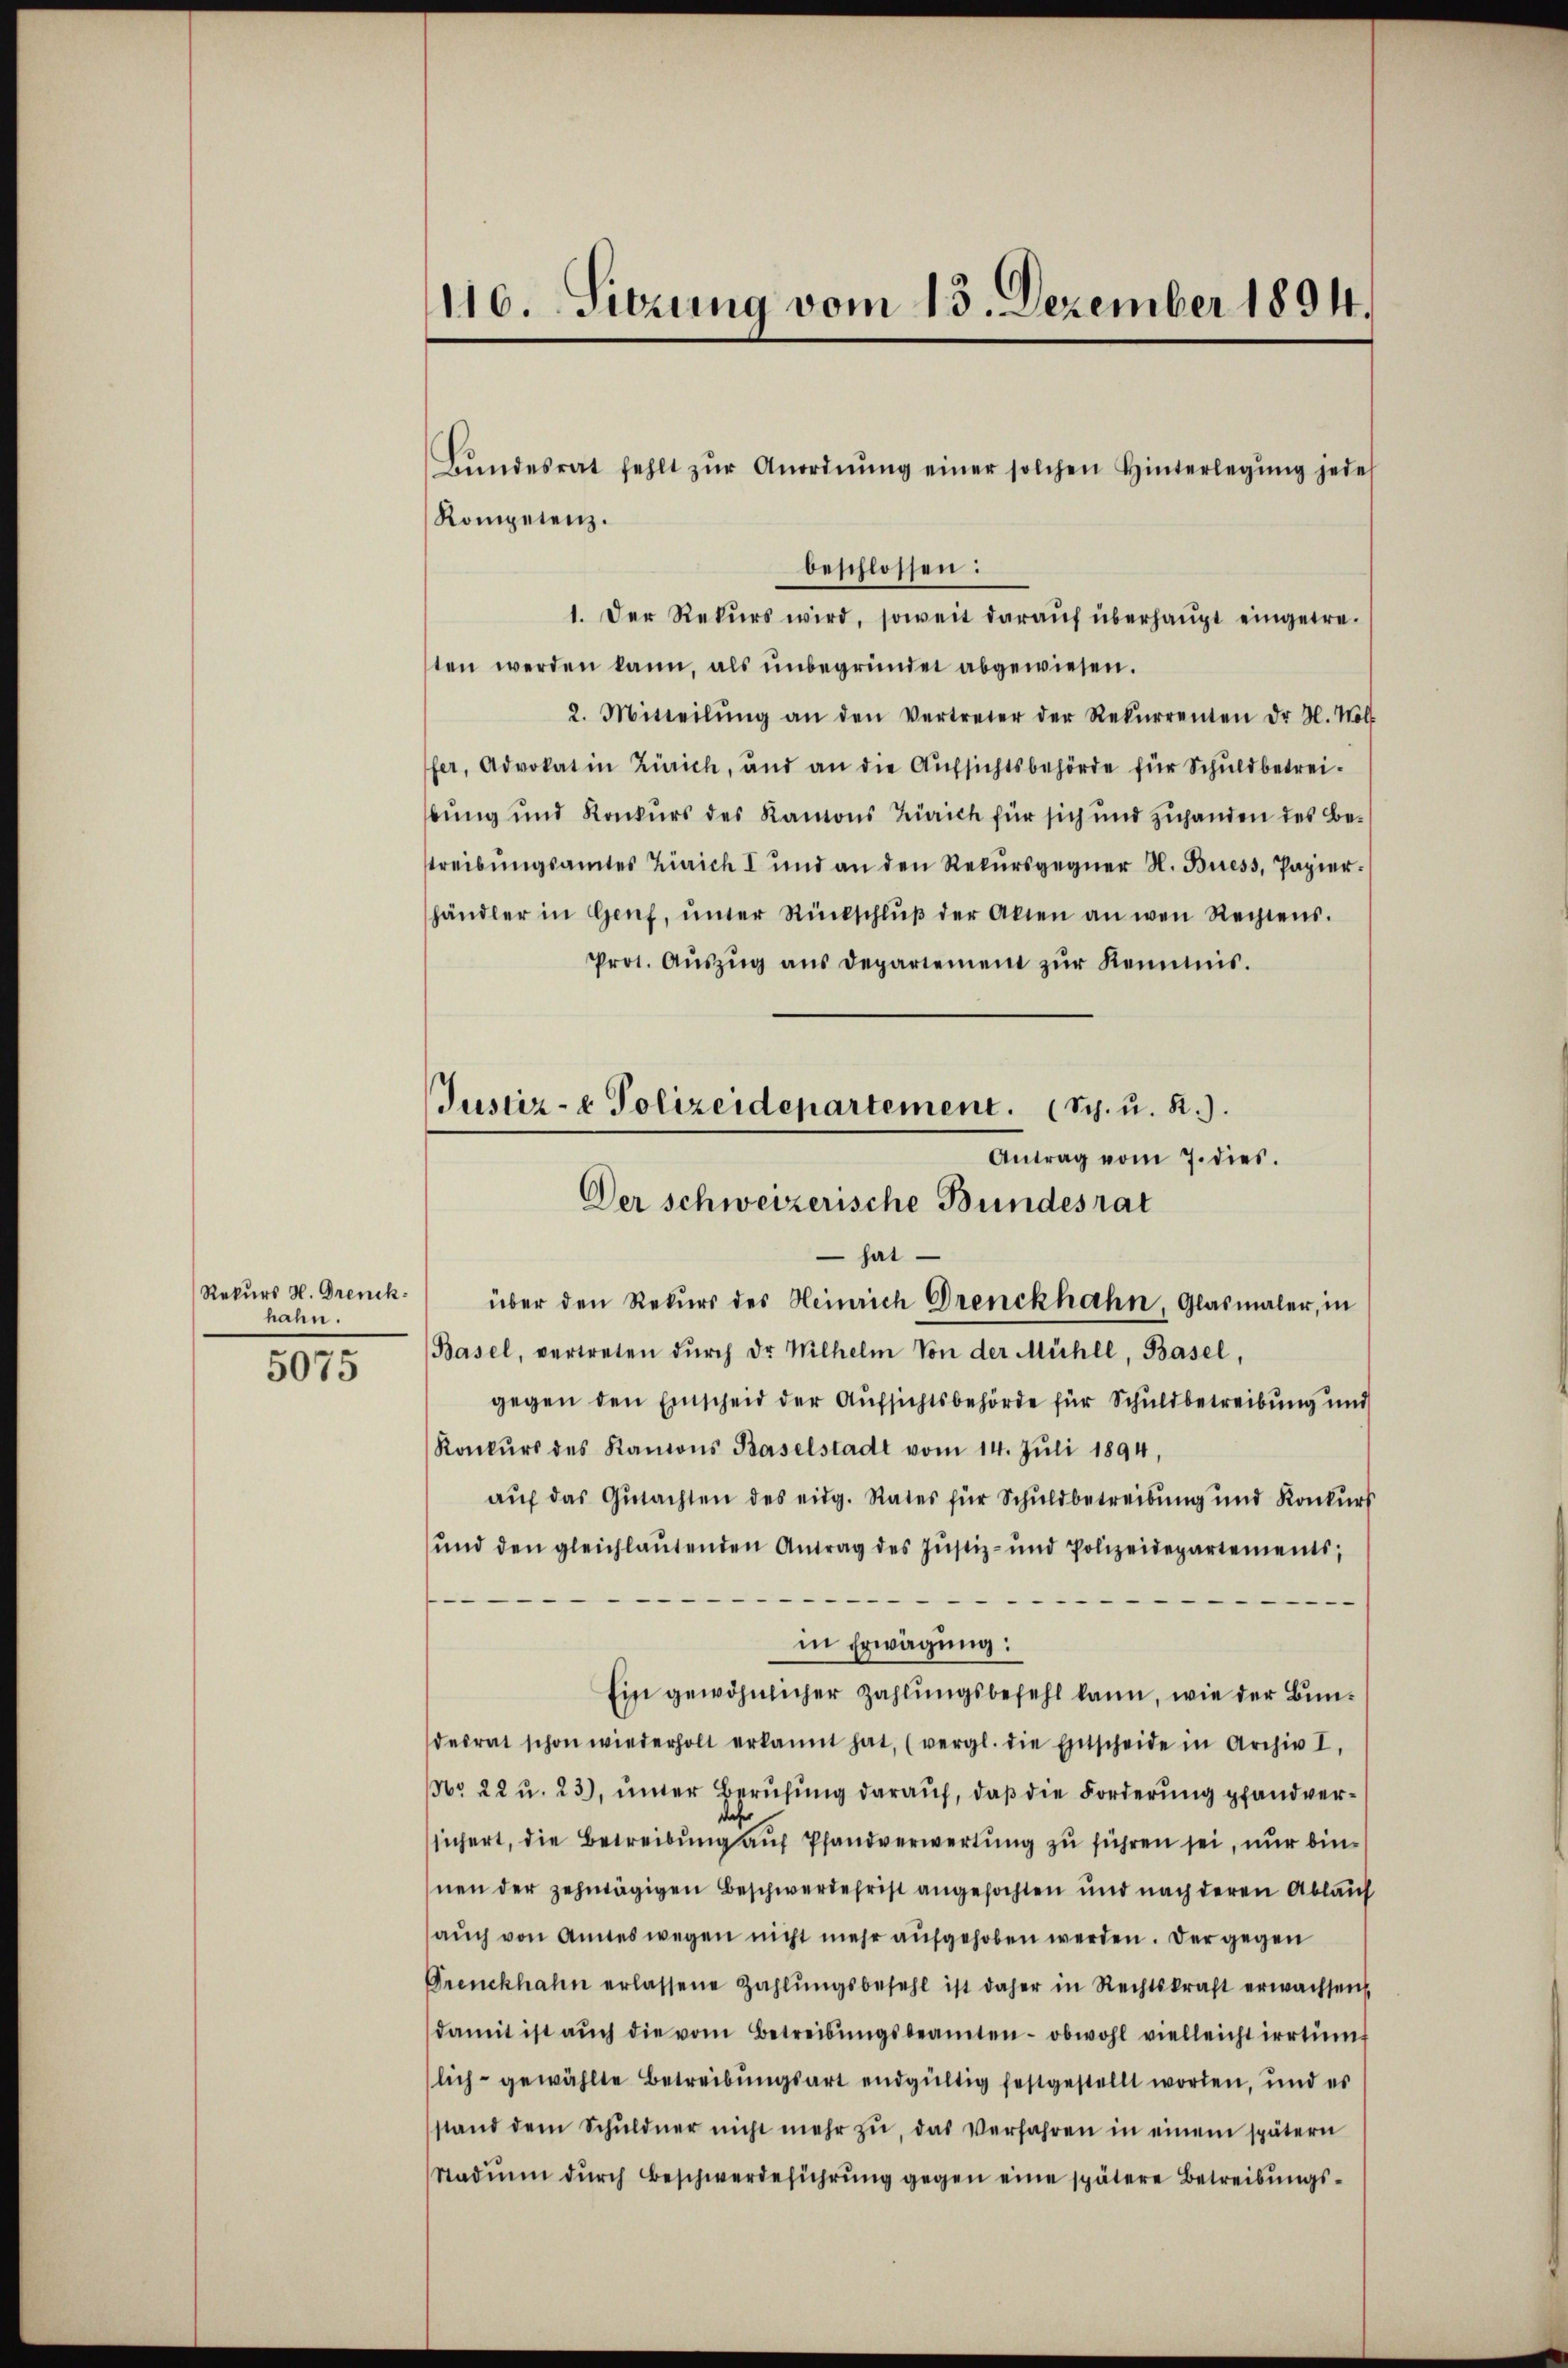
Rekurs H. Grenckhahn.
5075

116. Sierung vom 13. Dezember 1894.

Bŭndesrat fehlt zŭr Anordnŭng einer solchen Hinterlegŭng jedes

Justiz- & Polizeidepartement. (Sch. u. R.).
Antrag vom 7. dies
Der schweizerische Bundesrat

Kompetenz.
beschlossen:
1. Der Rekŭrs wird, soweit daraŭf überhaupt eingetreten werden kann, als ŭnbegründet abgewiesen.
2. Mitteilŭng an den Vertreter der Rekurrenten dr N. Nol
fer, Advokat in Zürich, und an die Aŭfsichtsbehörde für Schuldbetreibung und Konkurs des Ramons Zürich für sich und zuhanden des Betreibungsamtes Zürich I und an den Rekŭrsgegner N. Buess, Papierhändler in Genf, ŭnter Rückschlŭβ der Akten an wen Rechtens.
Prot. Aŭszŭg ans Depariement zŭr Reimis.
 hat
über den Rekurs des Heinrich Drenckhahn Glasmaler, in
Basel, vertreten dŭrch dr Wilhelm Von der Mühle, Basel,
gegen den Einscheid der Aufsichtsbehörde für Schuldbetreibung und
Konkŭrs des Kanons Baselstadt vom 14. Jŭli 1894,
aŭf das Gutachten des eidg. Rates für Schuldbetreibung und Konkurs
und den gleichlaŭtenden Antrag des Justiz- und Polizeidepartements,

in Erwägung:
Ein gewöhnlicher Zahlungsbefehl kann, wie der Bundesrat schon wiederholt erkannt hat, (vergl. die Entscheide in Archiv I,
No 22 u. 23), unter Berufung darauf, daß die Forderung pfandverdeh
sichert, die Betreibung auf Pfandverwertung zu führen sei, nur binnen der zehntägigen Beschwerdefrist angefochten und nach deren Ablauf
auch von Amtes wegen nicht mehr aufgehoben werden. Der gegen
Frenckhahn erlassene Zahlŭngsbefehl ist daher in Rechtskraft erwachsen,
damit ist aŭch die vom Betreibŭngsbeamten- obwohl vielleicht irrtüm
lich gewählte Betreibungsart endgültig festgestellt worden, und es
stand dem Schŭldner nicht mehr zŭ, das Verfahren in einem spätern
Stadium dŭrch Beschwerdeführung gegen eine spätere Betreibungs¬